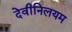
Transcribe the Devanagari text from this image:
देवीनिलयम